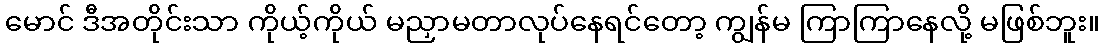
မောင် ဒီအတိုင်းသာ ကိုယ့်ကိုယ် မညှာမတာလုပ်နေရင်တော့ ကျွန်မ ကြာကြာနေလို့ မဖြစ်ဘူး။